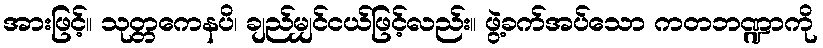
အားဖြင့်။ သုတ္တကေနပိ၊ ချည်မျှင်ငယ်ဖြင့်လည်း။ ဖွဲ့ခက်အပ်သော ကတဘဏ္ဍာကို